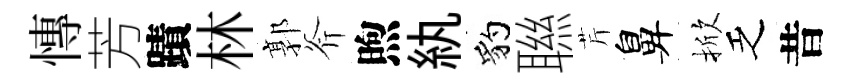
慱芳蹟林郭斧煦紈豹聮芹鼻掀乏昔